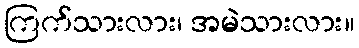
ကြက်သားလား၊ အမဲသားလား။